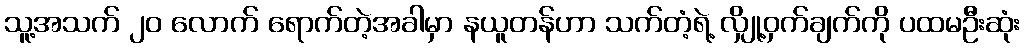
သူ့အသက် ၂၀ လောက် ရောက်တဲ့အခါမှာ နယူတန်ဟာ သက်တံ့ရဲ့ လျှို့ဝှက်ချက်ကို ပထမဦးဆုံး